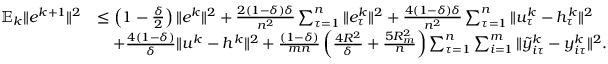
\begin{array} { r l } { \mathbb { E } _ { k } \| e ^ { k + 1 } \| ^ { 2 } } & { \leq \left( 1 - \frac { \delta } { 2 } \right) \| e ^ { k } \| ^ { 2 } + \frac { 2 ( 1 - \delta ) \delta } { n ^ { 2 } } \sum _ { \tau = 1 } ^ { n } \| e _ { \tau } ^ { k } \| ^ { 2 } + \frac { 4 ( 1 - \delta ) \delta } { n ^ { 2 } } \sum _ { \tau = 1 } ^ { n } \| u _ { \tau } ^ { k } - h _ { \tau } ^ { k } \| ^ { 2 } } \\ & { \quad + \frac { 4 ( 1 - \delta ) } { \delta } \| u ^ { k } - h ^ { k } \| ^ { 2 } + \frac { ( 1 - \delta ) } { m n } \left( \frac { 4 R ^ { 2 } } { \delta } + \frac { 5 R _ { m } ^ { 2 } } { n } \right) \sum _ { \tau = 1 } ^ { n } \sum _ { i = 1 } ^ { m } \| { \tilde { y } } _ { i \tau } ^ { k } - y _ { i \tau } ^ { k } \| ^ { 2 } . } \end{array}